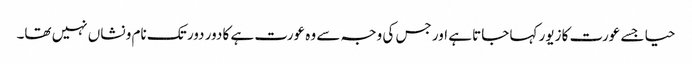
حیا جسے عورت کا زیور کہا جاتا ہے اور جس کی وجہ سے وہ عورت ہے کا دور دور تک نام و نشاں نہیں تھا۔